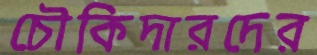
চৌকিদারদের